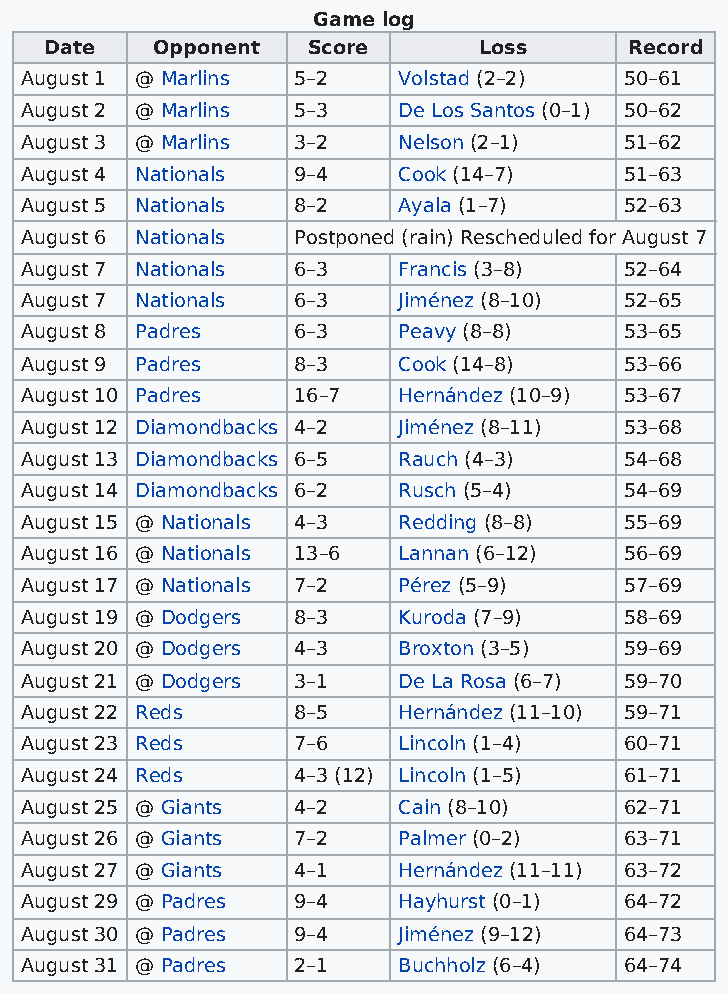
Game log
 Date   Opponent  Score       Loss      Record
 August 1 @ Marlins 5–2   Volstad (2–2)  50–61
 August 2 @ Marlins 5–3   De Los Santos (0–1) 50–62
 August 3 @ Marlins 3–2   Nelson (2–1)   51–62
 August 4 Nationals 9–4   Cook (14–7)    51–63
 August 5 Nationals 8–2   Ayala (1–7)    52–63
 August 6 Nationals Postponed (rain) Rescheduled for August 7
 August 7 Nationals 6–3   Francis (3–8)  52–64
 August 7 Nationals 6–3   Jiménez (8–10) 52–65
 August 8 Padres   6–3    Peavy (8–8)    53–65
 August 9 Padres   8–3    Cook (14–8)    53–66
 August 10 Padres  16–7   Hernández (10–9) 53–67
 August 12 Diamondbacks 4–2 Jiménez (8–11) 53–68
 August 13 Diamondbacks 6–5 Rauch (4–3)  54–68
 August 14 Diamondbacks 6–2 Rusch (5–4)  54–69
 August 15 @ Nationals 4–3 Redding (8–8) 55–69
 August 16 @ Nationals 13–6 Lannan (6–12) 56–69
 August 17 @ Nationals 7–2 Pérez (5–9)   57–69
 August 19 @ Dodgers 8–3  Kuroda (7–9)   58–69
 August 20 @ Dodgers 4–3  Broxton (3–5)  59–69
 August 21 @ Dodgers 3–1  De La Rosa (6–7) 59–70
 August 22 Reds    8–5    Hernández (11–10) 59–71
 August 23 Reds    7–6    Lincoln (1–4)  60–71
 August 24 Reds    4–3 (12) Lincoln (1–5) 61–71
 August 25 @ Giants 4–2   Cain (8–10)    62–71
 August 26 @ Giants 7–2   Palmer (0–2)   63–71
 August 27 @ Giants 4–1   Hernández (11–11) 63–72
 August 29 @ Padres 9–4   Hayhurst (0–1) 64–72
 August 30 @ Padres 9–4   Jiménez (9–12) 64–73
 August 31 @ Padres 2–1   Buchholz (6–4) 64–74